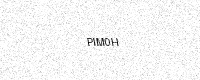
Text: PIM0H